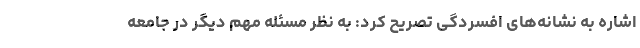
اشاره به نشانه‌های افسردگی تصریح کرد: به نظر مسئله مهم دیگر در جامعه